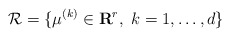
\begin{align*}{\cal R}=\{\mu^{(k)}\in\mathbf{R}^{r},\ k=1,\ldots, d\}\end{align*}